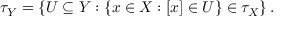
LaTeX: \tau _ { Y } = \left\{ U \subseteq Y : \{ x \in X : [ x ] \in U \} \in \tau _ { X } \right\} .